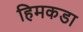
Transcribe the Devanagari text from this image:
हिमकडा